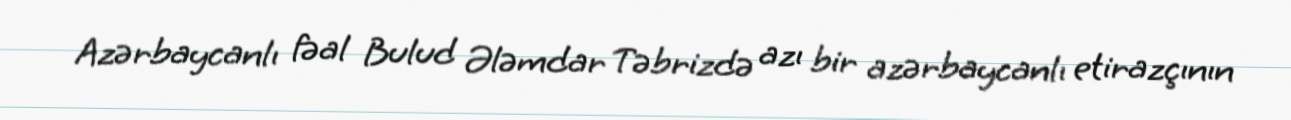
Azərbaycanlı fəal Bulud Ələmdar Təbrizdə azı bir azərbaycanlı etirazçının